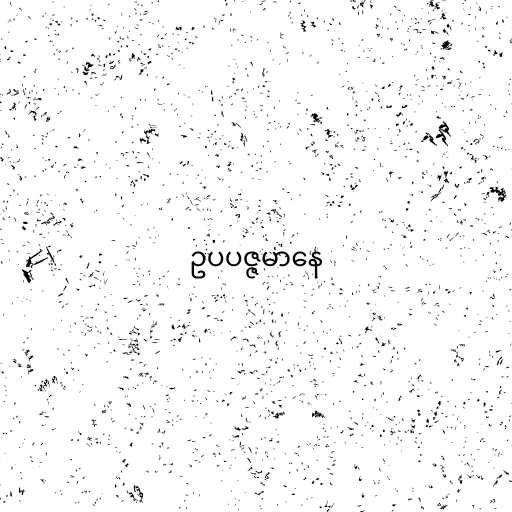
ဥပပဇ္ဇမာနေ